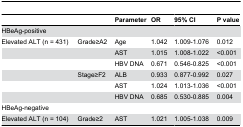
<table><thead><tr><td></td><td></td><td><b>Parameter</b></td><td><b>OR</b></td><td><b>95% CI</b></td><td><b>P value</b></td></tr></thead><tbody><tr><td>HBeAg-positive</td><td></td><td></td><td></td><td></td><td></td></tr><tr><td>Elevated ALT (n = 431)</td><td>Grade≥A2</td><td>Age</td><td>1.042</td><td>1.009-1.076</td><td>0.012</td></tr><tr><td></td><td></td><td>AST</td><td>1.015</td><td>1.008-1.022</td><td>&lt;0.001</td></tr><tr><td></td><td></td><td>HBV DNA</td><td>0.671</td><td>0.546-0.825</td><td>&lt;0.001</td></tr><tr><td></td><td>Stage≥F2 </td><td>ALB</td><td>0.933</td><td>0.877-0.992</td><td>0.027</td></tr><tr><td></td><td></td><td>AST</td><td>1.024</td><td>1.013-1.036</td><td>&lt;0.001</td></tr><tr><td></td><td></td><td>HBV DNA</td><td>0.685</td><td>0.530-0.885</td><td>0.004</td></tr><tr><td>HBeAg-negative</td><td></td><td></td><td></td><td></td><td></td></tr><tr><td>Elevated ALT (n = 104)</td><td>Grade≥2</td><td>AST</td><td>1.021</td><td>1.005-1.038</td><td>0.009</td></tr></tbody></table>